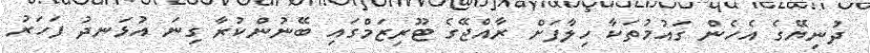
ދުނިޔޭގެ އެހެން ގައުމުތަކާ ހިލާފަށް ރާއްޖޭގެ ޓޫރިޒަމްގައި ބޭނުންކުރާ ގިނަ އުޅަނދު ފަހަރު